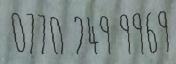
0770 249 9969